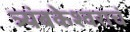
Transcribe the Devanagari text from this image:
त्र्यंबकेश्वराचं